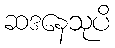
ဆဒနေသုပိ